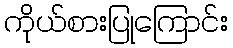
ကိုယ်စားပြုကြောင်း